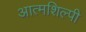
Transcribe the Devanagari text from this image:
आत्‍मशिल्‍पी